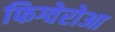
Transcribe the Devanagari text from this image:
फिग्वेरोआ